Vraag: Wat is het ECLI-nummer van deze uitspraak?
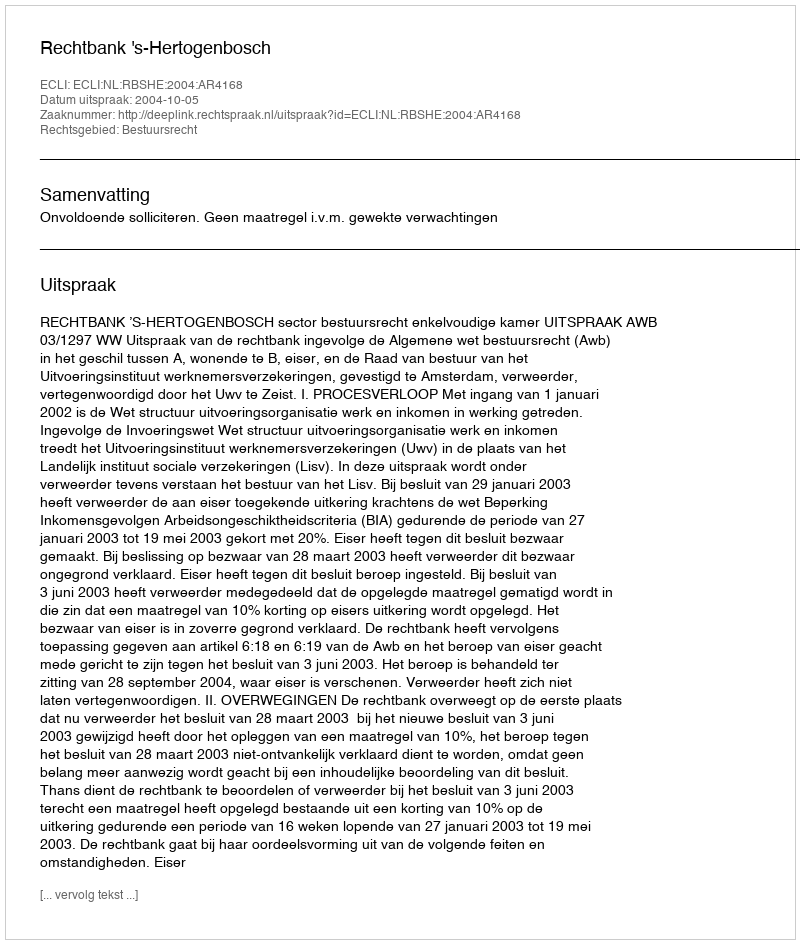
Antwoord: ECLI:NL:RBSHE:2004:AR4168